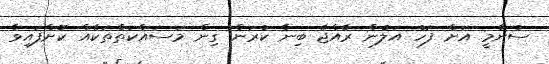
ސުނާމީ އަށް ފަހު އަލުން ރާއްޖެ ބިނާ ކުރަން ގިން މަސައްކަތްތަކެއް ކޮށްފައިވާ